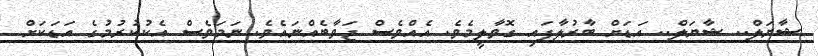
ޝާޔަލް.. ޝާޔަލް.. އަޑަށް ބާރުލާފައި ގޮވާލީމެވެ. އެއްވެސް ޖަވާބެއްނައެވެ. ނަމަވެސް އެކުކުރުމުގެ އަޑަކަށް